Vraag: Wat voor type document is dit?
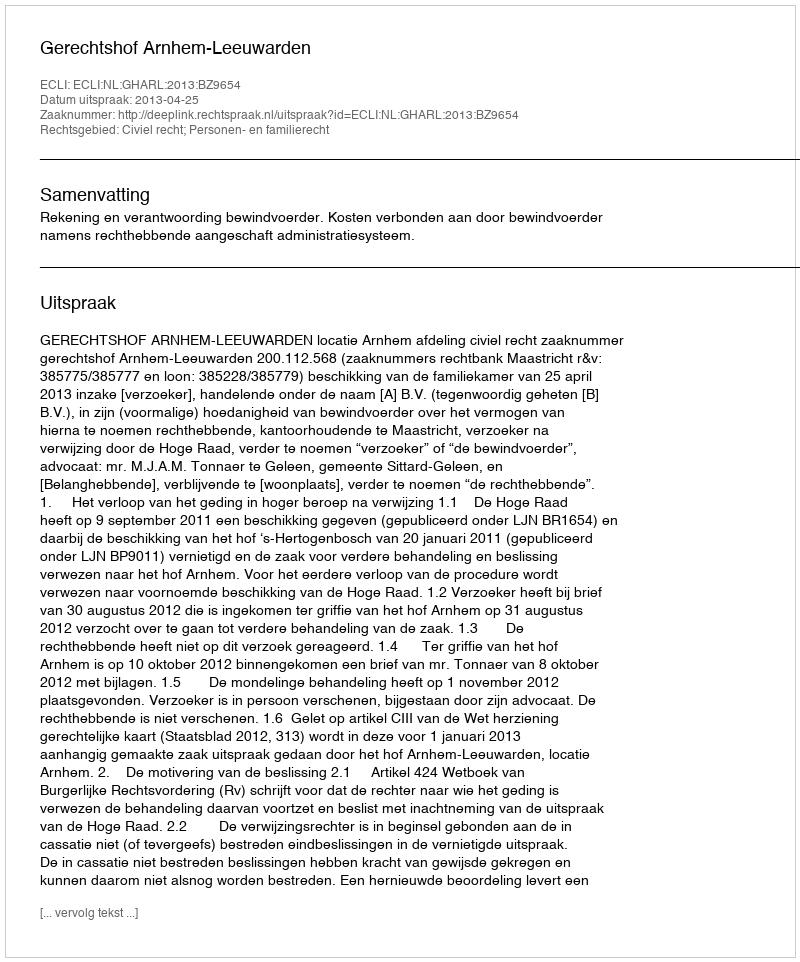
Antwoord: Uitspraak